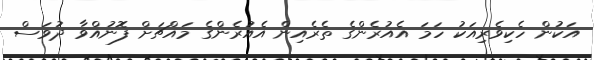
އަކުން ހެކިވެރިއަކު ހަމަ އެއުރެންގެ ތެރެއިން އެއުރެންގެ މައްޗަށް ފޮނުއްވާ ދުވަސް